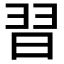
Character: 𮊸